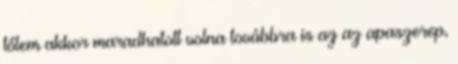
tőlem akkor maradhatott volna továbbra is az az apaszerep,